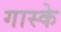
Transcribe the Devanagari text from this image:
गास्के